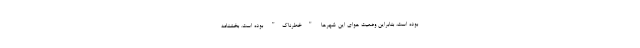
بوده است، بنابراین وضعیت هوای این شهرها "خطرناک" بوده است. بخشنامه